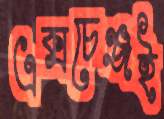
এক্সচেঞ্জই